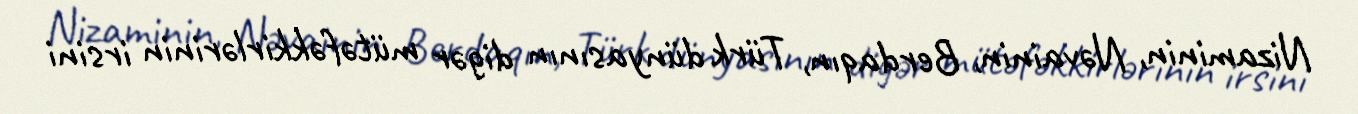
Nizaminin, Nəvainin, Berdaqın, Türk dünyasının digər mütəfəkkirlərinin irsini